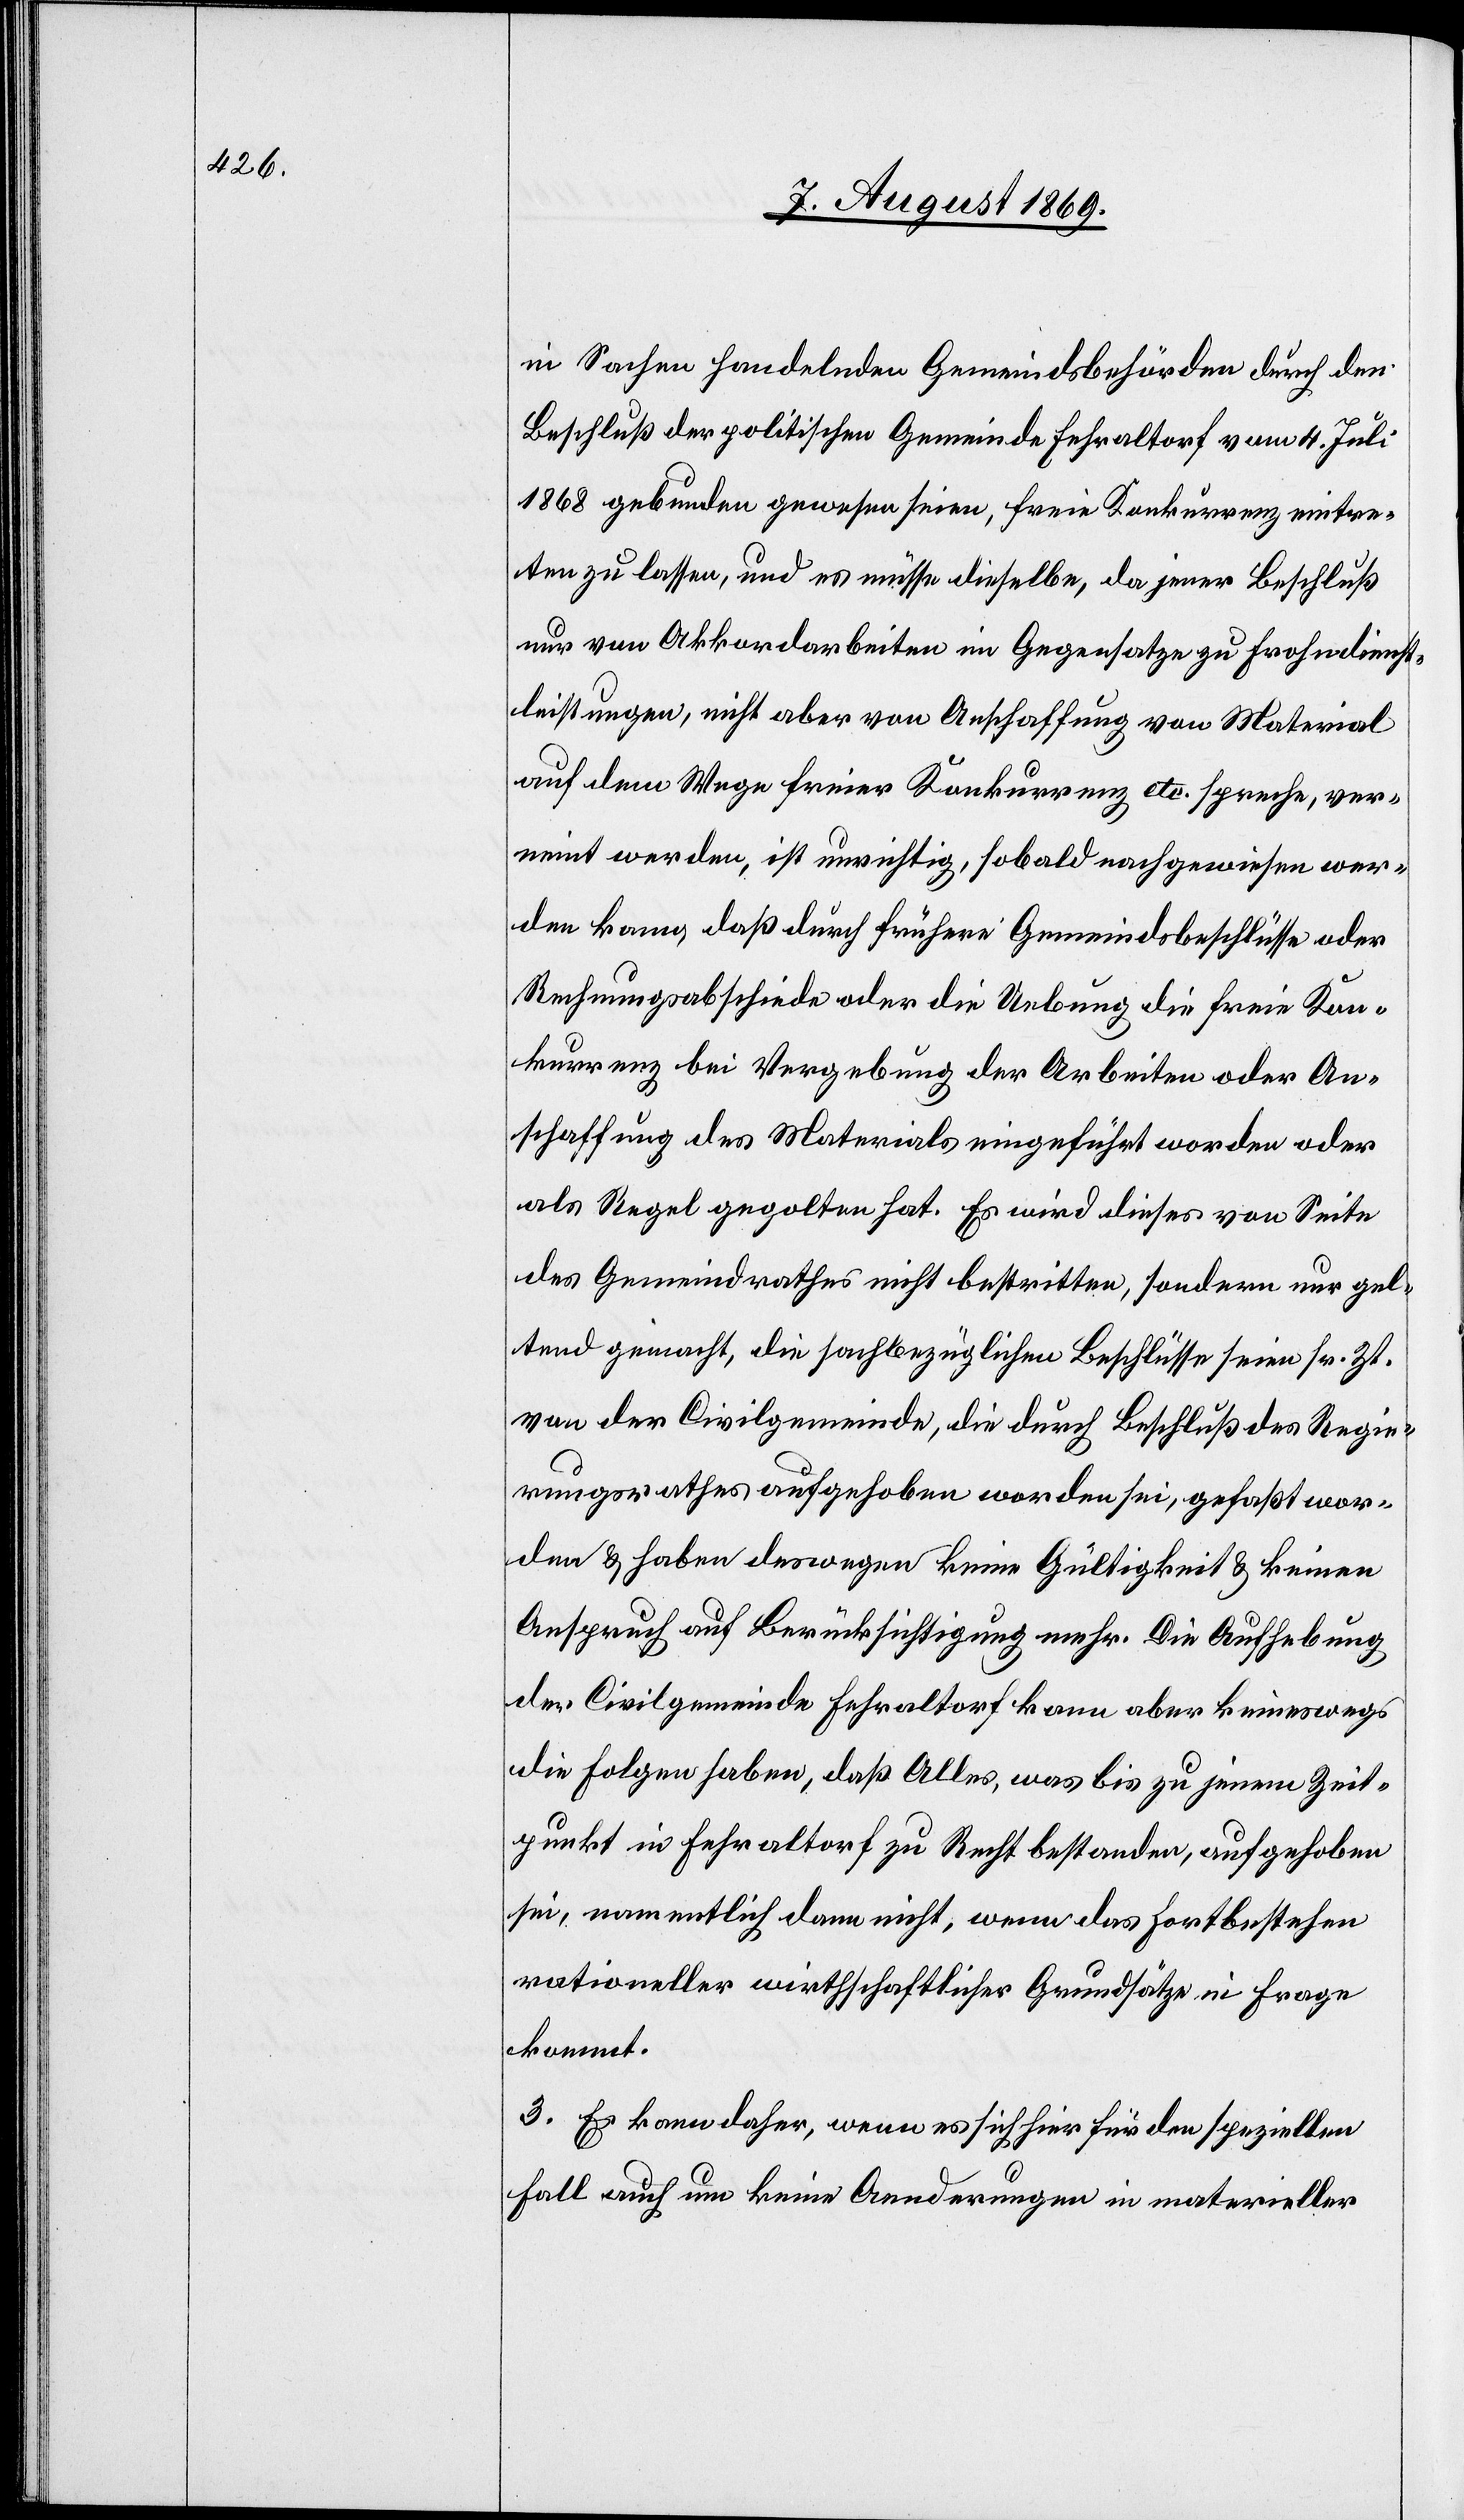
in Sachen handelnden Gemeindsbehörden durch den
Beschluß der politischen Gemeinde Fehraltorf vom 4. Juli
1868 gebunden gewesen seien, freie Konkurrenz eintre¬
ten zu lassen, und es müsse dieselbe, da jener Beschluß
nur von Akkordarbeiten im Gegensatze zu Frohndienst¬
leistungen, nicht aber von Anschaffung von Material
auf dem Wege freier Konkurrenz etc. spreche, ver¬
neint werden, ist unrichtig, sobald nachgewiesen wer¬
den kann, daß durch frühere Gemeindsbeschlüsse oder
Rechnungsabschiede oder die Uebung die freie Kon¬
kurrenz bei Vergebung der Arbeiten oder An¬
schaffung des Materials eingeführt worden oder
als Regel gegolten hat. Es wird dieses von Seite
des Gemeindrathes nicht bestritten, sondern nur gel¬
tend gemacht, die sachbezüglichen Beschlüsse seien sr. Zt.
von der Civilgemeinde, die durch Beschluß des Regie¬
rungsrathes aufgehoben worden sei, gefaßt wor¬
den & haben deswegen keine Gültigkeit & keinen
Anspruch auf Berücksichtigung mehr. Die Aufhebung
der Civilgemeinde Fehraltorf kann aber keineswegs
die Folgen haben, daß Alles, was bis zu jenem Zeit¬
punkt in Fehrlaltorf zu Recht bestanden, aufgehoben
sei, namentlich dann nicht, wenn das Fortbestehen
rationeller wirthschaftlicher Grundsätze in Frage
kommt.
3. Es kann daher, wenn es sich hier für den speziellen
Fall auch um keine Aenderungen in materieller